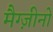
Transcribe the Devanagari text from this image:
मैग्ज़ीनो